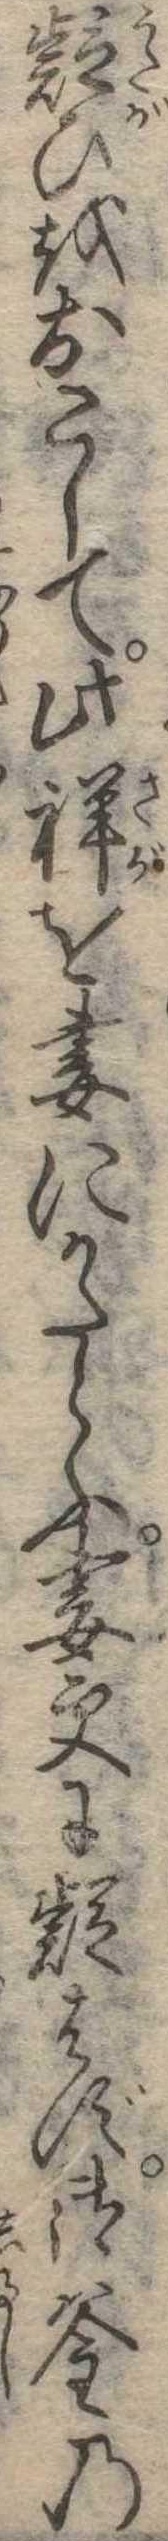
疑ひをおこして此祥を妻にかたらふ妻更に疑はず御釜の